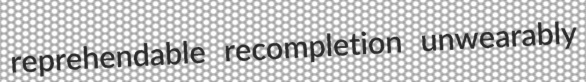
reprehendable recompletion unwearably